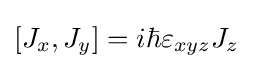
[J_{x},J_{y}]=i\hbar \varepsilon _{xyz}J_{z}